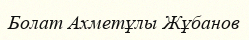
Болат Ахметұлы Жұбанов